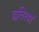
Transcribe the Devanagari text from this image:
छतिरयां